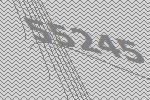
55245